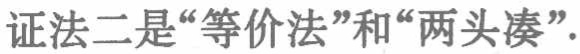
证法二是“等价法”和“两头凑”.